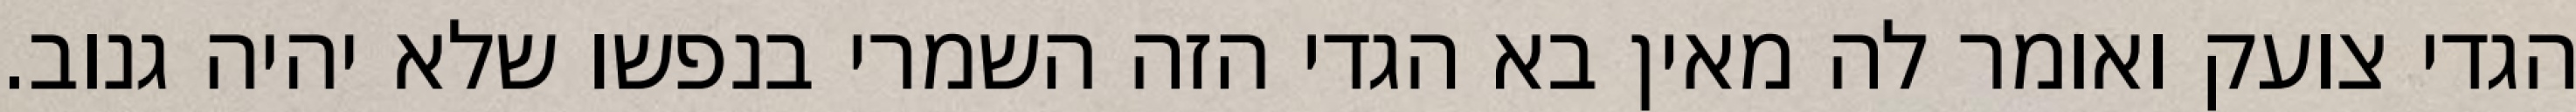
הגדי צועק ואומר לה מאין בא הגדי הזה השמרי בנפשו שלא יהיה גנוב.